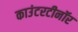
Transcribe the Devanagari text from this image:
काउंटरटीनॉर